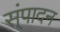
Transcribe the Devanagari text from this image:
स्ंपादन